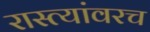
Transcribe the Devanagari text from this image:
रास्त्यांवरच